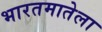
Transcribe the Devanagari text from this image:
भारतमातेला